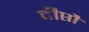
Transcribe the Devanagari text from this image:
दीप्तौ